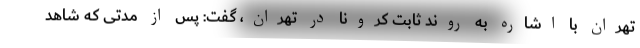
تهران با اشاره به روند ثابت کرونا در تهران، گفت: پس از مدتی که شاهد